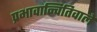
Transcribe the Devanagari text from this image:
प्रभावान्वितिवाले